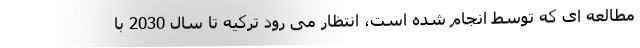
مطالعه ای که توسط انجام شده است، انتظار می رود ترکیه تا سال 2030 با